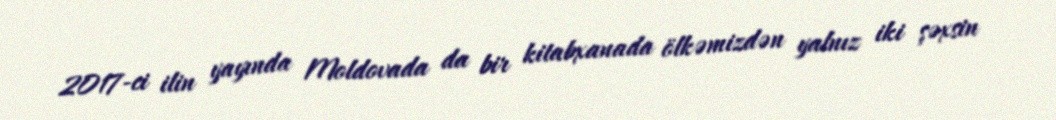
2017-ci ilin yayında Moldovada da bir kitabxanada ölkəmizdən yalnız iki şəxsin